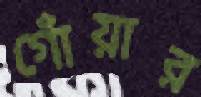
গোঁয়ার